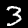
Label: 3